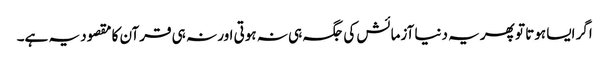
اگر ایسا ہوتا تو پھر یہ دنیا آزمائش کی جگہ ہی نہ ہوتی اور نہ ہی قرآن کا مقصود یہ ہے۔